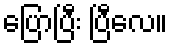
ပြောပြီး ပြီလေ။